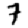
Digit: 7